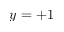
y = + 1